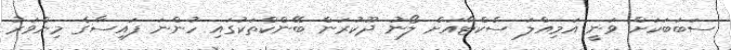
ސަބަބަކަށް ވަނީ އަމިއްލަ ސެކްޓާއަށް ލޯނު ދޫކުރަން ބޭންކްތަކުގައި ހުންނަ ފައިސާގެ މިންވަރު